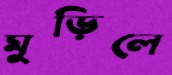
মুড়িলে